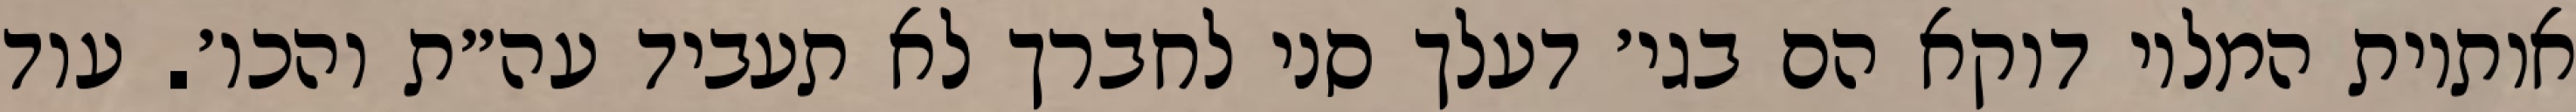
אותיות המלוי דוקא הם בגי׳ דעלך סני לחברך לא תעביד עה״ת והכו׳. עוד